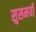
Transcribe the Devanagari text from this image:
सुसमयी